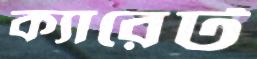
ক্যারেট